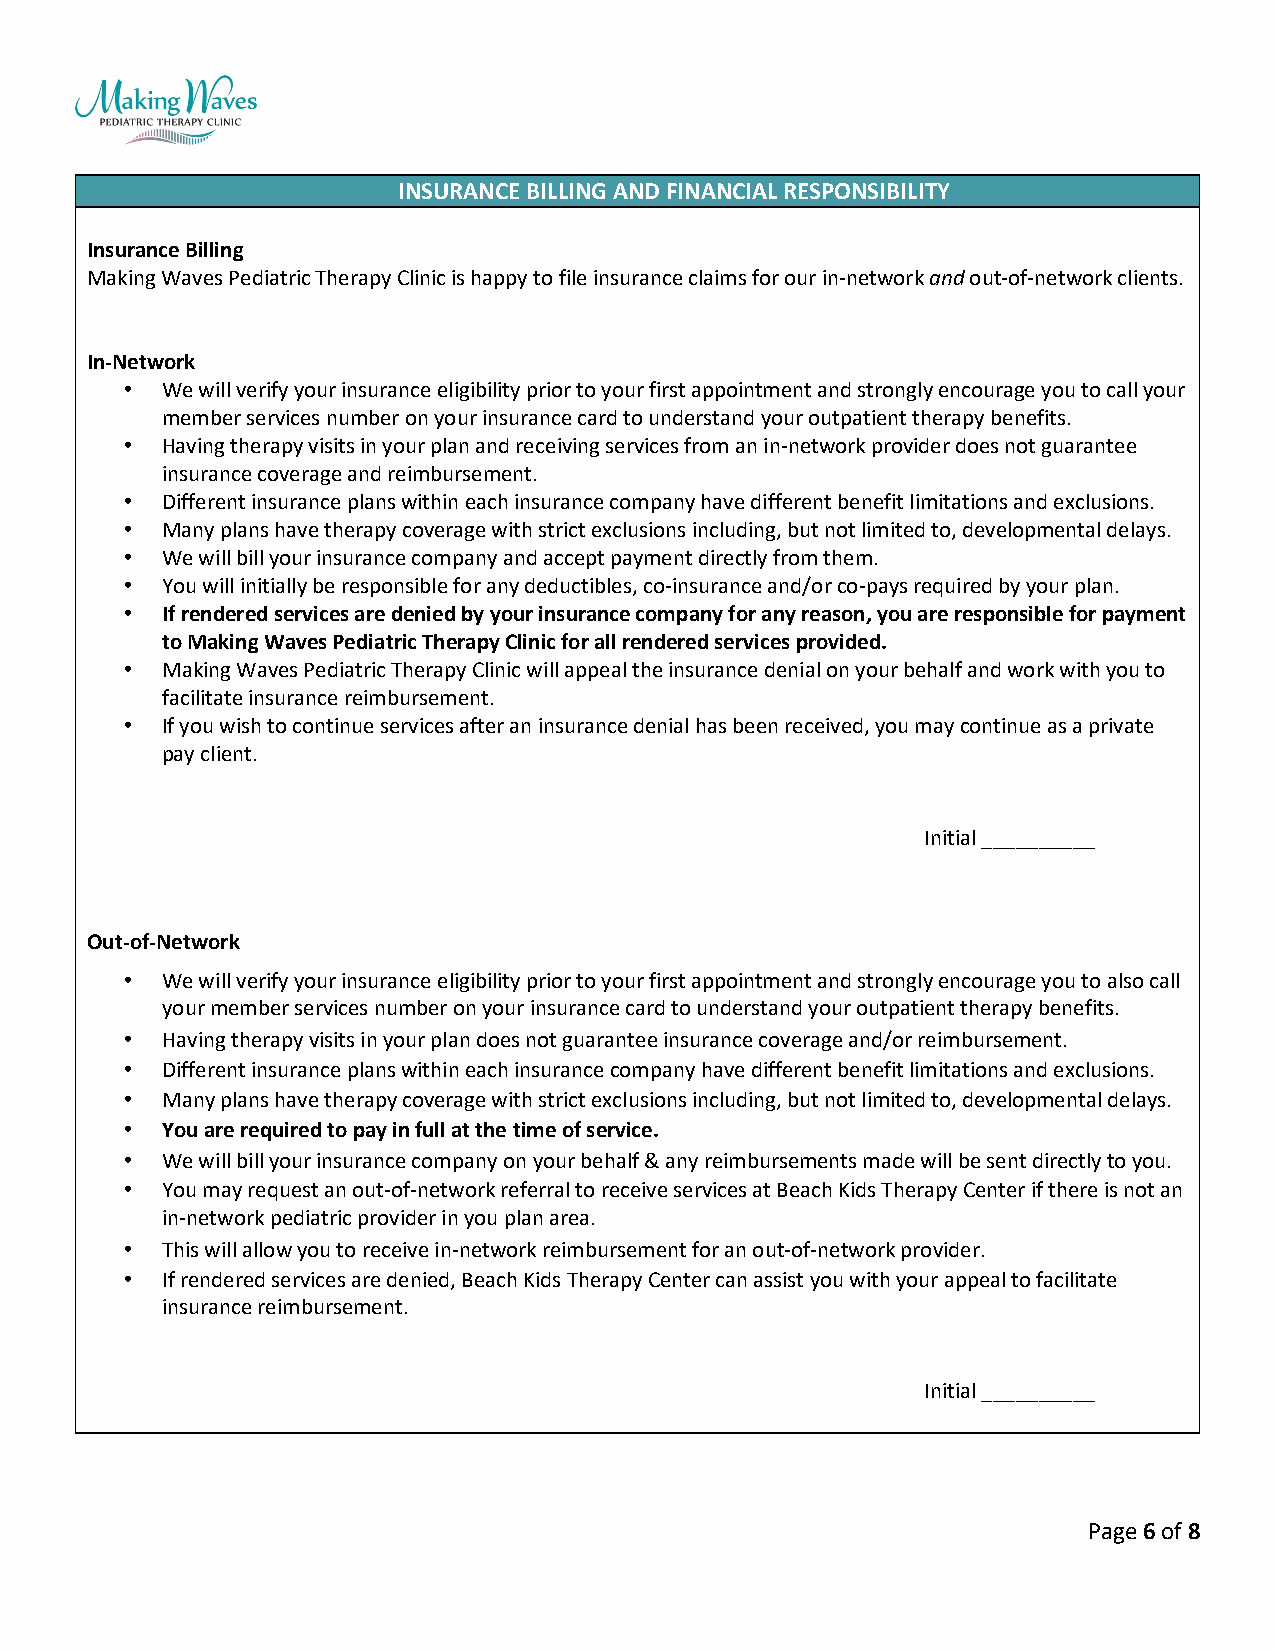
INSURANCE BILLING AND FINANCIAL RESPONSIBILITY
 Insurance Billing
 Making Waves Pediatric Therapy Clinic is happy to file insurance claims for our in-network and out-of-network clients.
 In-Network
 •  We will verify your insurance eligibility prior to your first appointment and strongly encourage you to call your
 member services number on your insurance card to understand your outpatient therapy benefits.
 •  Having therapy visits in your plan and receiving services from an in-network provider does not guarantee
 insurance coverage and reimbursement.
 •  Different insurance plans within each insurance company have different benefit limitations and exclusions.
 •  Many plans have therapy coverage with strict exclusions including, but not limited to, developmental delays.
 •  We will bill your insurance company and accept payment directly from them.
 •  You will initially be responsible for any deductibles, co-insurance and/or co-pays required by your plan.
 •  If rendered services are denied by your insurance company for any reason, you are responsible for payment
 to Making Waves Pediatric Therapy Clinic for all rendered services provided.
 •  Making Waves Pediatric Therapy Clinic will appeal the insurance denial on your behalf and work with you to
 facilitate insurance reimbursement.
 •  If you wish to continue services after an insurance denial has been received, you may continue as a private
 pay client.
 Initial __________
 Out-of-Network
 •  We will verify your insurance eligibility prior to your first appointment and strongly encourage you to also call
 your member services number on your insurance card to understand your outpatient therapy benefits.
 •  Having therapy visits in your plan does not guarantee insurance coverage and/or reimbursement.
 •  Different insurance plans within each insurance company have different benefit limitations and exclusions.
 •  Many plans have therapy coverage with strict exclusions including, but not limited to, developmental delays.
 •  You are required to pay in full at the time of service.
 •  We will bill your insurance company on your behalf & any reimbursements made will be sent directly to you.
 •  You may request an out-of-network referral to receive services at Beach Kids Therapy Center if there is not an
 in-network pediatric provider in you plan area.
 •  This will allow you to receive in-network reimbursement for an out-of-network provider.
 •  If rendered services are denied, Beach Kids Therapy Center can assist you with your appeal to facilitate
 insurance reimbursement.
 Initial __________
 Page 6 of 8